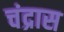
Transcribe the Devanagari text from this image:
चंद्रास